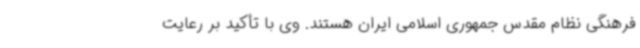
فرهنگی نظام مقدس جمهوری اسلامی ایران هستند. وی با تأکید بر رعایت